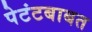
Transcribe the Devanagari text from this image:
पेटंटबाबत